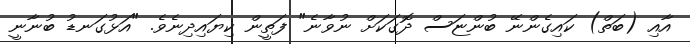
އާއި (ބަތް) ކައިގެންނޭ ބުންޏަސް ދޮގަކަށް ނުވާނެ" ފަތީން ކިޔައިދިނެވެ. "އަޅުގަނޑު ބުނާނީ